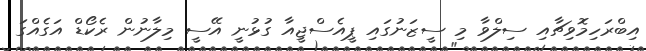
އިބްރަހިމޮވިޗާއި ސިލްވާ މި ސީޒަނުގައި ޕީއެސްޖީއާ ގުޅުނީ އޭސީ މިލާނުން ރެކޯޑް އަގެއްގަ